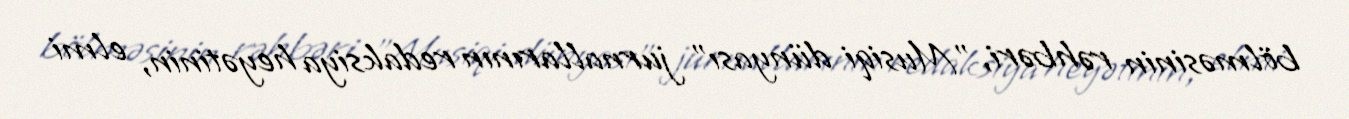
bölməsinin rəhbəri, "Musiqi dünyası" jurnallarının redaksiya heyətinin, elmi